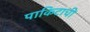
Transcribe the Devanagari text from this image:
पाकिटाची